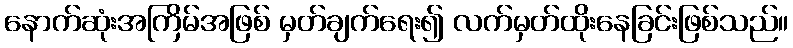
နောက်ဆုံးအကြိမ်အဖြစ် မှတ်ချက်ရေး၍ လက်မှတ်ထိုးနေခြင်းဖြစ်သည်။